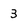
Character: 3